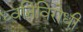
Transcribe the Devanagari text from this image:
ध्वनिविरोधी